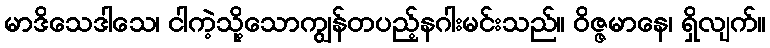
မာဒိသေဒါသေ၊ ငါကဲ့သို့သောကျွန်တပည့်နဂါးမင်းသည်။ ဝိဇ္ဇမာနေ၊ ရှိလျက်။